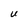
Character: U